Madras plague regulations in force outside the Presidency town - Volume 3
Disease focus: Plague
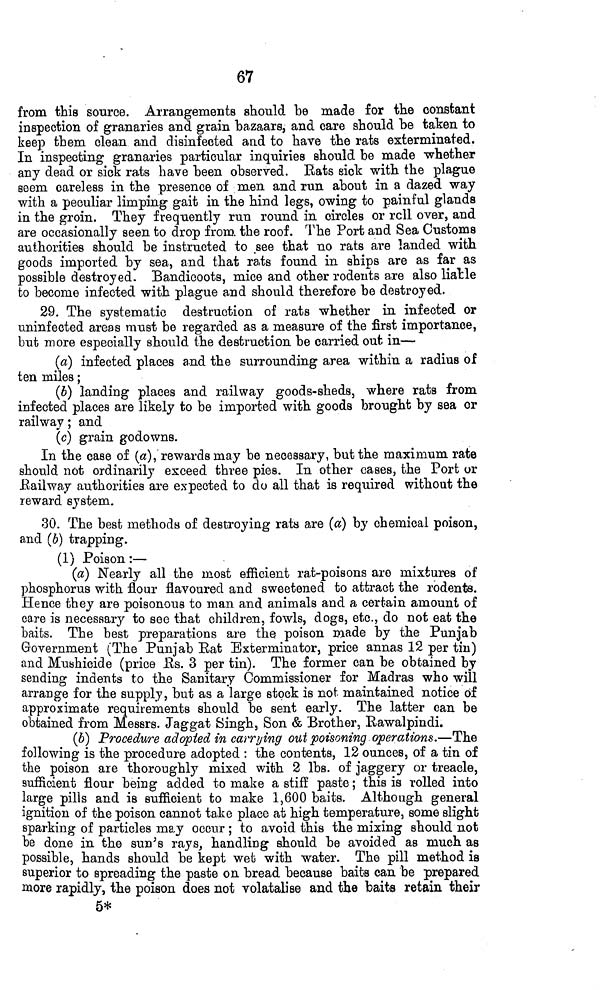
67
from this source. Arrangements should be made for the constant
inspection of granaries and grain bazaars, and care should be taken to
keep them clean and disinfected and to have the rats exterminated.
In inspecting granaries particular inquiries should be made -whether
any dead or sick rats have been observed. Eats sick with the plague
seem careless in the presence of men and run about in a dazed way
with a peculiar limping gait in the hind legs, owing to painful glands
in the groin. They frequently run round in circles or rcll over, and
are occasionally seen to drop from, the roof. The Port and Sea Customs
authorities should be instructed to see that no rats are landed with
goods imported by sea, and that rats found in ships are as far as
possible destroyed. Bandicoots, mice and other rodents are also liable
to become infected with plague and should therefore be destroyed.
29. The systematic destruction of rats whether in infected or
uninfected areas must be regarded as a measure of the first importance,
but more especially should the destruction be carried out in—
(a) infected places and the surrounding area within a radius of
ten miles ;
(ó) landing places and railway goods-sheds, where rats from
infected places are likely to be imported with goods brought by sea or
railway ; and
(c) grain godowns.
In the case of («), rewards may be necessary, but the maximum rate
should not ordinarily exceed three pies. In other cases, the Port or
Eailway authorities are expected to do all that is required without the
reward system.
30. The best methods of destroying rats are (a) by chemical poison,
and (b) trapping.
(1) Poison :—
(a) Nearly all the most efficient rat-poisons are mixtures of
phosphorus with flour flavoured and sweetened to attract the rodents.
Hence they are poisonous to man and animals and a certain amount of
care is necessary to see that children, fowls, dogs, etc., do not eat the
baits. The best preparations are the poison made by the Punjab
Government (The Punjab Eat Exterminator, price annas 12 per tin)
and Muöhicide (price Es. 3 per tin). The former can be obtained by
sending indents to the Sanitary Commissioner for Madras who will
arrange for the supply, but as a large stock is not maintained notice of
approximate requirements should be sent early. The latter can be
obtained from Messrs. Jaggat Singh, Son & Brother, Eawalpindi.
(¿>) Procedure adopted in carrying out poisoning operations.—The
following is the procedure adopted : the contents, 12 ounces, of a tin of
the poison are thoroughly mixed with 2 Ibs. of jaggery or treacle,
sufficient flour being added to make a stiff paste ; this is rolled into
large pills and is sufficient to make 1,600 baits. Although general
ignition of the poison cannot take place at high temperature, some slight
sparking of particles may occur ; to avoid this the mixing should not
be done in the sun's rays, handling should be avoided as much as
possible, hands should be kept wet with water. The pill method is
superior to spreading the paste on bread because baits can be prepared
more rapidly, the poison does not volatalise and the baits retain their
5*